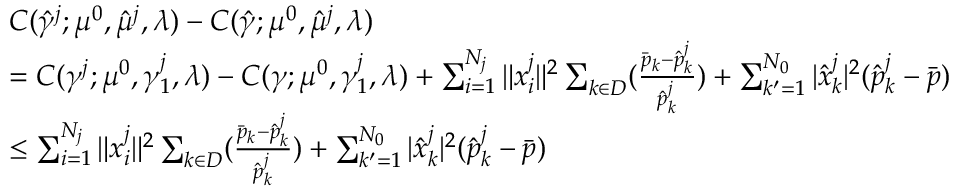
\begin{array} { r l } & { C ( \hat { \gamma } ^ { j } ; \mu ^ { 0 } , \hat { \mu } ^ { j } , \lambda ) - C ( \hat { \gamma } ; \mu ^ { 0 } , \hat { \mu } ^ { j } , \lambda ) } \\ & { = C ( \gamma ^ { j } ; \mu ^ { 0 } , \gamma _ { 1 } ^ { j } , \lambda ) - C ( \gamma ; \mu ^ { 0 } , \gamma _ { 1 } ^ { j } , \lambda ) + \sum _ { i = 1 } ^ { N _ { j } } \| x _ { i } ^ { j } \| ^ { 2 } \sum _ { k \in D } ( \frac { \bar { p } _ { k } - \hat { p } _ { k } ^ { j } } { \hat { p } _ { k } ^ { j } } ) + \sum _ { k ^ { \prime } = 1 } ^ { N _ { 0 } } | \hat { x } _ { k } ^ { j } | ^ { 2 } ( \hat { p } _ { k } ^ { j } - \bar { p } ) } \\ & { \leq \sum _ { i = 1 } ^ { N _ { j } } \| x _ { i } ^ { j } \| ^ { 2 } \sum _ { k \in D } ( \frac { \bar { p } _ { k } - \hat { p } _ { k } ^ { j } } { \hat { p } _ { k } ^ { j } } ) + \sum _ { k ^ { \prime } = 1 } ^ { N _ { 0 } } | \hat { x } _ { k } ^ { j } | ^ { 2 } ( \hat { p } _ { k } ^ { j } - \bar { p } ) } \end{array}